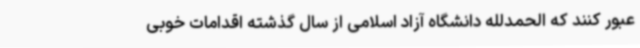
عبور کنند که الحمدلله دانشگاه آزاد اسلامی از سال گذشته اقدامات خوبی